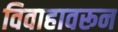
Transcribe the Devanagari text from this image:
विवाहावरून